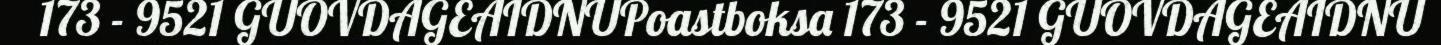
173 - 9521 GUOVDAGEAIDNUPoastboksa 173 - 9521 GUOVDAGEAIDNU